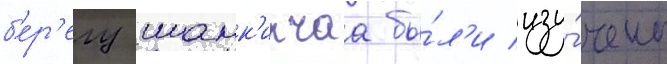
б'ер'егу шамк'ирчаа бы́л'и изу́чены